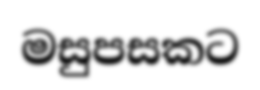
මසුපසකට